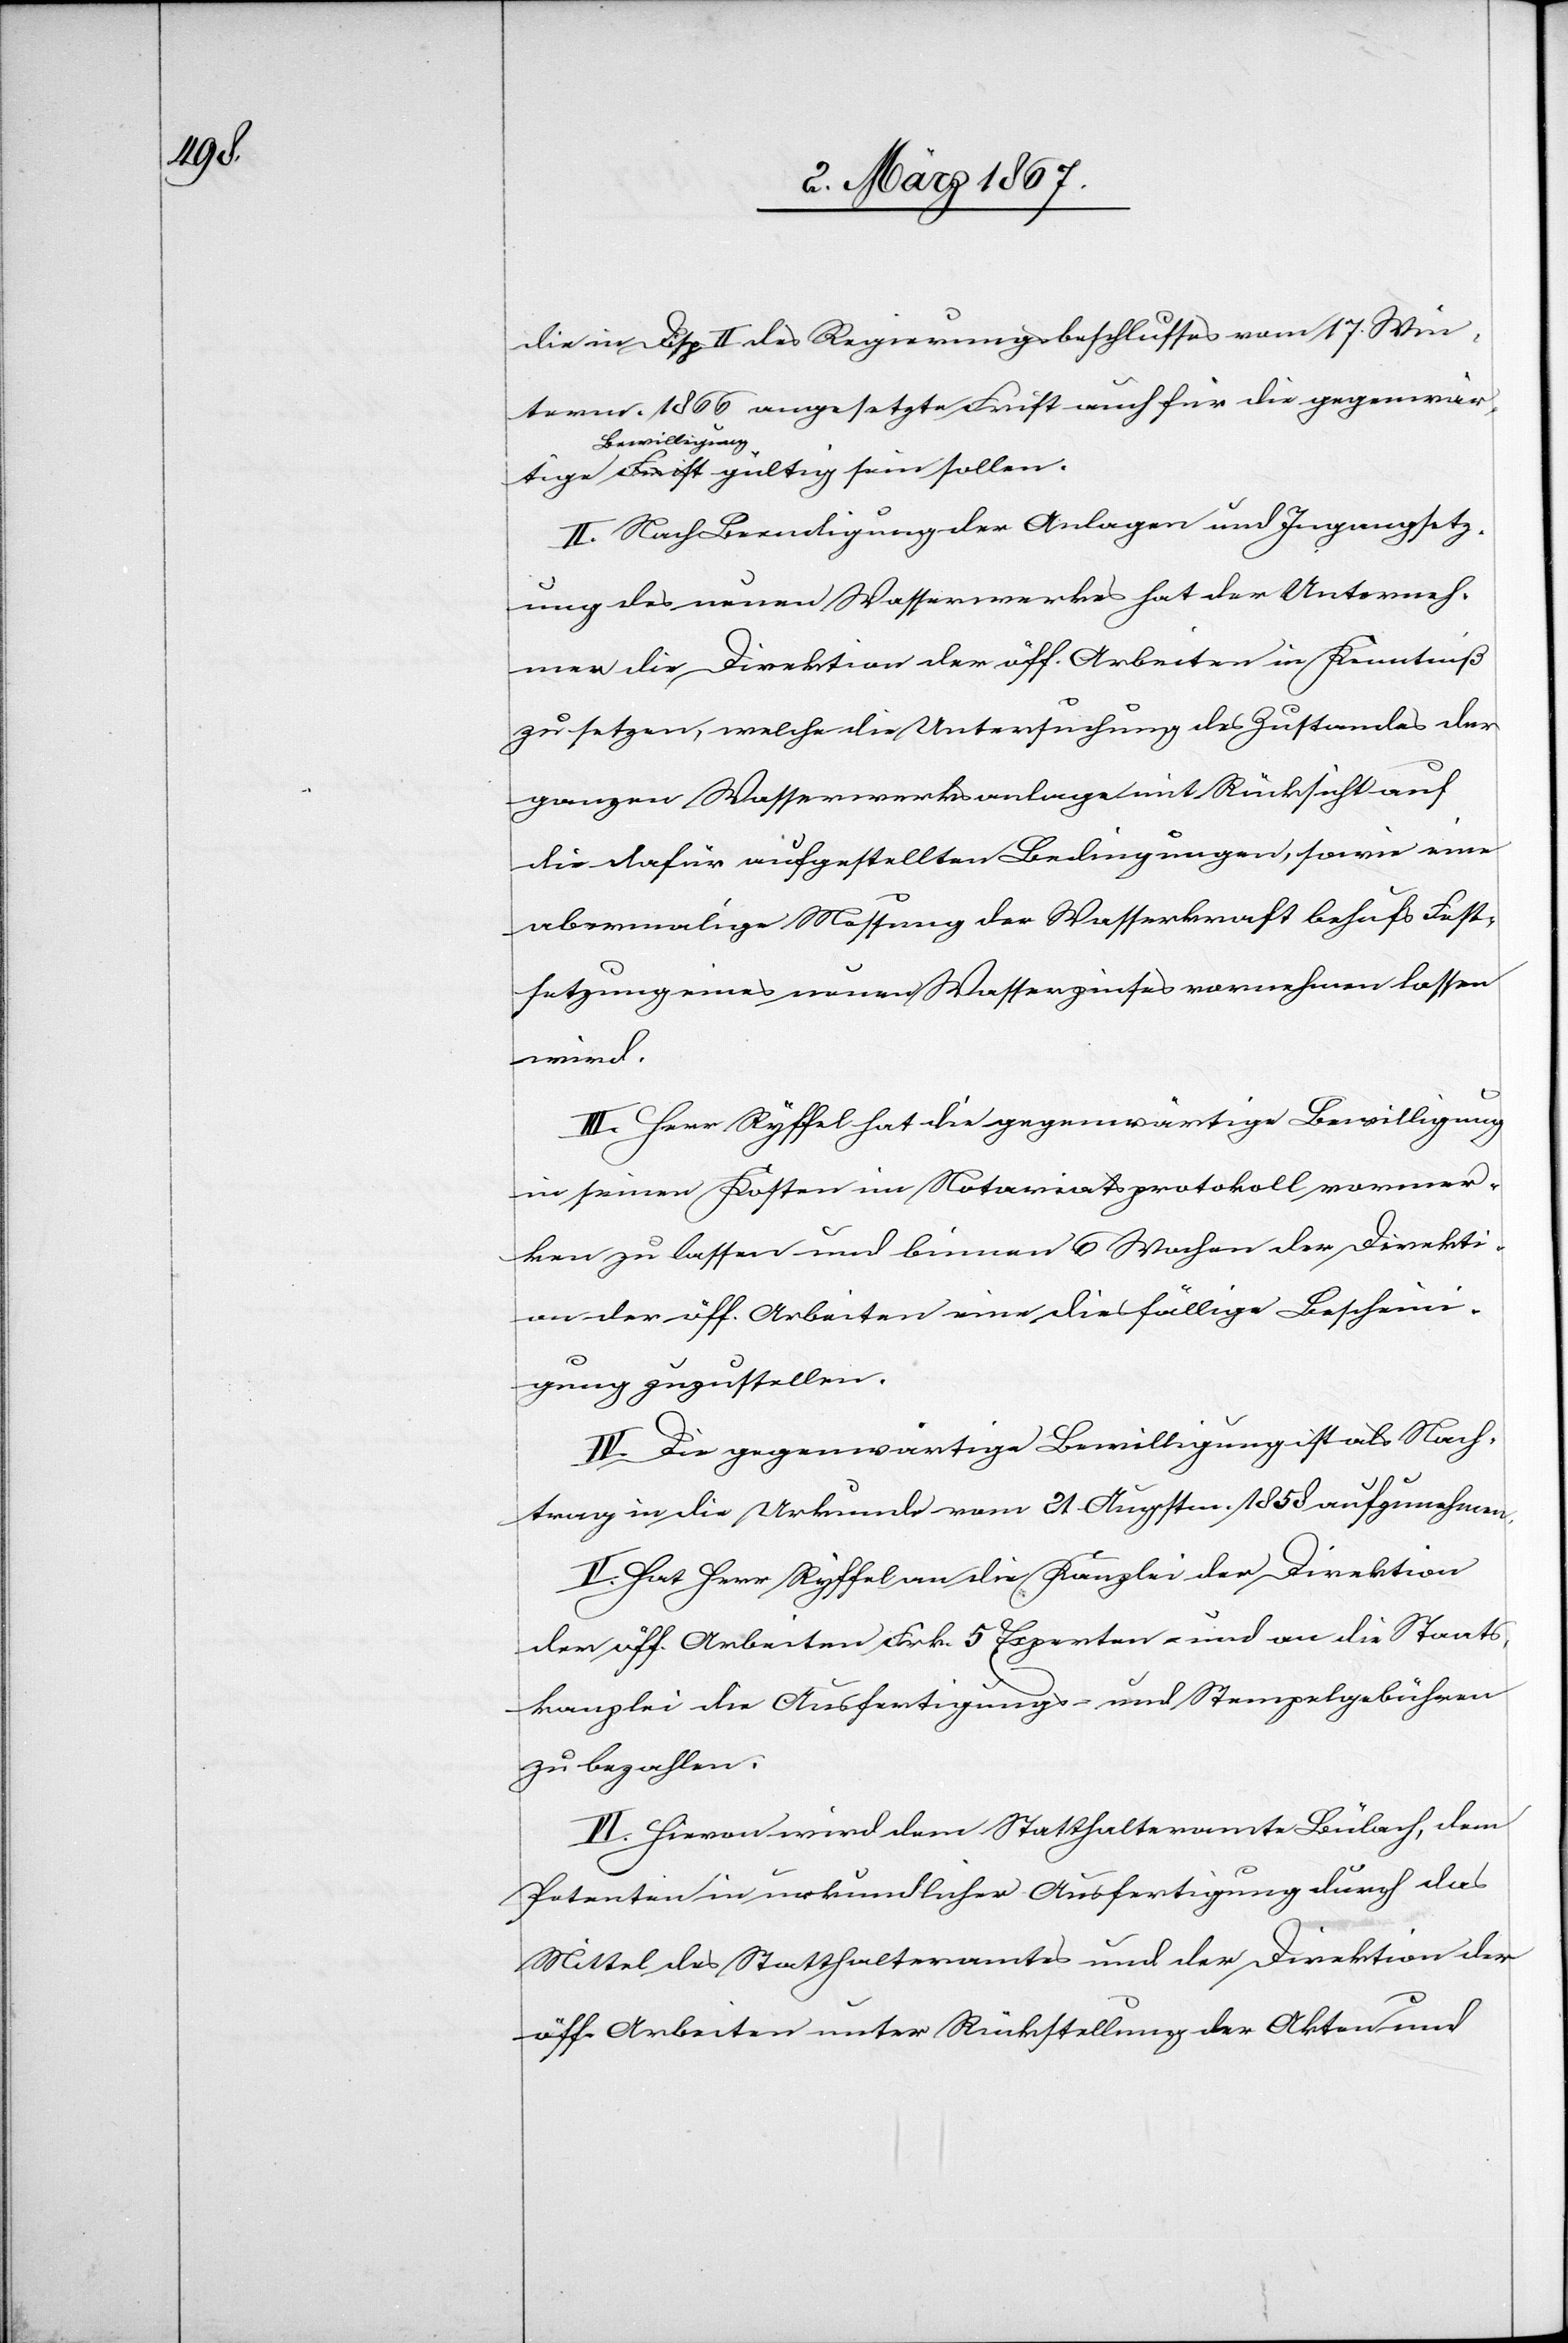
die in Disp. II des Regierungsbeschlusses vom 17. Win¬
term. 1866 angesetzte Frist auch für die gegenwär¬
Bewilligung
II. Nach Beendigung der Anlagen und Ingangsetz¬
ung des neuen Wasserwerkes hat der Unterneh¬
mer die Direktion der öff. Arbeiten in Kenntniß
zu setzen, welche die Untersuchung des Zustandes der
ganzen Wasserwerksanlage mit Rücksicht auf
die dafür aufgestellten Bedingungen, sowie eine
abermalige Messung der Wasserkraft behufs Fest¬
setzung eines neuen Wasserzinses vornehmen lassen
wird.
III. Herr Ryffel hat die gegenwärtige Bewilligung
in seinen Kosten im Notariatsprotokoll vormer¬
ken zu lassen und binnen 6 Wochen der Direkti¬
on der öff. Arbeiten eine diesfällige Bescheini¬
sein
gung zuzustellen.
IV. Die gegenwärtige Bewilligung ist als Nach¬
trag in die Urkunde vom 21. Augustm. 1858 aufzunehmen.
V. Hat Herr Ryffel an die Kanzlei der Direktion
der öff. Arbeiten Frk. 5 Experten- und an die Staats¬
kanzlei die Ausfertigungs- und Stempelgebühren
zu bezahlen
VI. Hievon wird dem Statthalteramte Bülach, dem
Petenten in urkundlicher Ausfertigung durch das
Mittel des Statthalteramtes und der Direktion der
öff. Arbeiten unter Rückstellung der Akten und